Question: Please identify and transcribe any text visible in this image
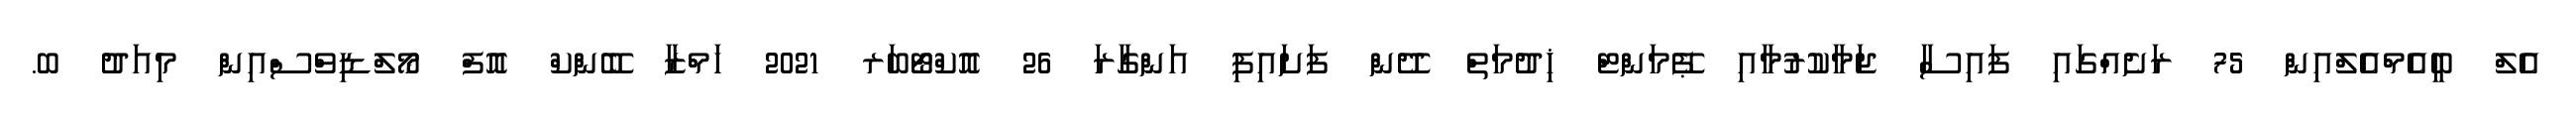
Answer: އެލް ބީއެމްއެލްއިން 75 ރަށެއްގައި ފައިސާ ޖަމާކުރުމާއި ޕޭމަންޓް ޚިދުމަތް ދޭން ފަށައިފި އަންގާރަ 26 އޮކްޓޯބަރ 2021 ހަމްޒާ ބޭންކް އޮފް މޯލްޑިވްސްއިން މިއަދު ބ.